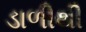
ડાળીથી